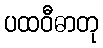
ပထဝီဓာတု